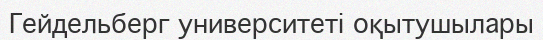
Гейдельберг университеті оқытушылары